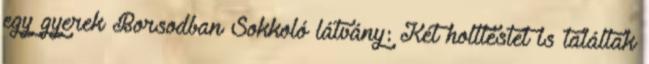
egy gyerek Borsodban Sokkoló látvány: Két holttestet is találtak